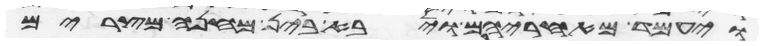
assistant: ויעמד מאחריהם ויבא בין מחנה מצרים